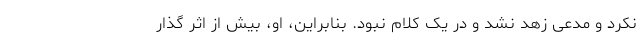
نکرد و مدعی زهد نشد و در یک کلام نبود. بنابراین، او، بیش از اثر گذار